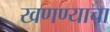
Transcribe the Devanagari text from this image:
खणण्याचा